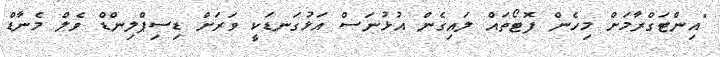
"އިންޓަގްރާމަށް މިހެން ފޮޓޯތައް ލައިގެން އުޅުނަސް އަޅުގަނޑަކީ ވަރަށް ޑިސިޕްލިންޑް ވެލް މެނާޑް